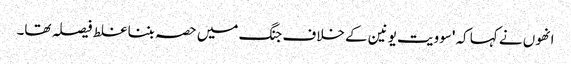
انھوں نے کہا کہ 'سوویت یونین کے خلاف جنگ میں حصہ بننا غلط فیصلہ تھا۔